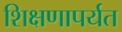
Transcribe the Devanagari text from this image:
शिक्षणापर्यत